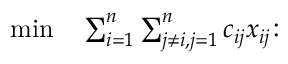
\begin{array} { r l r l } { \operatorname* { m i n } } & { { } \sum _ { i = 1 } ^ { n } \sum _ { j \neq i , j = 1 } ^ { n } c _ { i j } x _ { i j } \colon } & { } & { { } } \end{array}